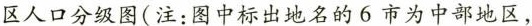
区人口分级图(注：图中标出地名的6市为中部地区，